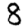
Digit: 8